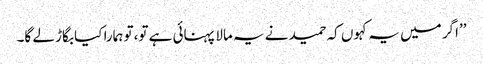
’’اگر میں یہ کہوں کہ حمید نے یہ مالا پہنائی ہے تو،تو ہمارا کیا بگاڑ لے گا۔